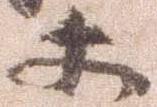
等